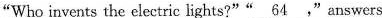
"Who invents the clectric lights?""\underline{54}."answers